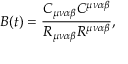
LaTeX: B ( t ) = \frac { C _ { \mu \nu \alpha \beta } C ^ { \mu \nu \alpha \beta } } { R _ { \mu \nu \alpha \beta } R ^ { \mu \nu \alpha \beta } } ,